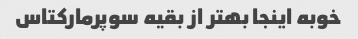
خوبه اینجا بهتر از بقیه سوپرمارکتاس